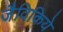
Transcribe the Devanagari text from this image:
जैविकिये